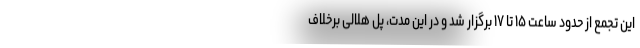
این تجمع از حدود ساعت ۱۵ تا ۱۷ برگزار شد و در این مدت، پل هلالی برخلاف